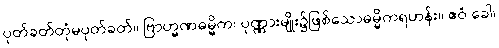
ပုတ်ခတ်တုံမပုတ်ခတ်။ ဗြာဟ္မဏဓမ္မိက၊ ပုဏ္ဏားမျိုး၌ဖြစ်သောဓမ္မိကရဟန်း။ ဧဝံ ခေါ၊